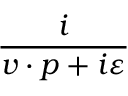
\frac i { v \cdot p + i \varepsilon }